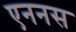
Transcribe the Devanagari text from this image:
एननस